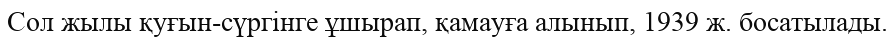
Сол жылы қуғын-сүргінге ұшырап, қамауға алынып, 1939 ж. босатылады.